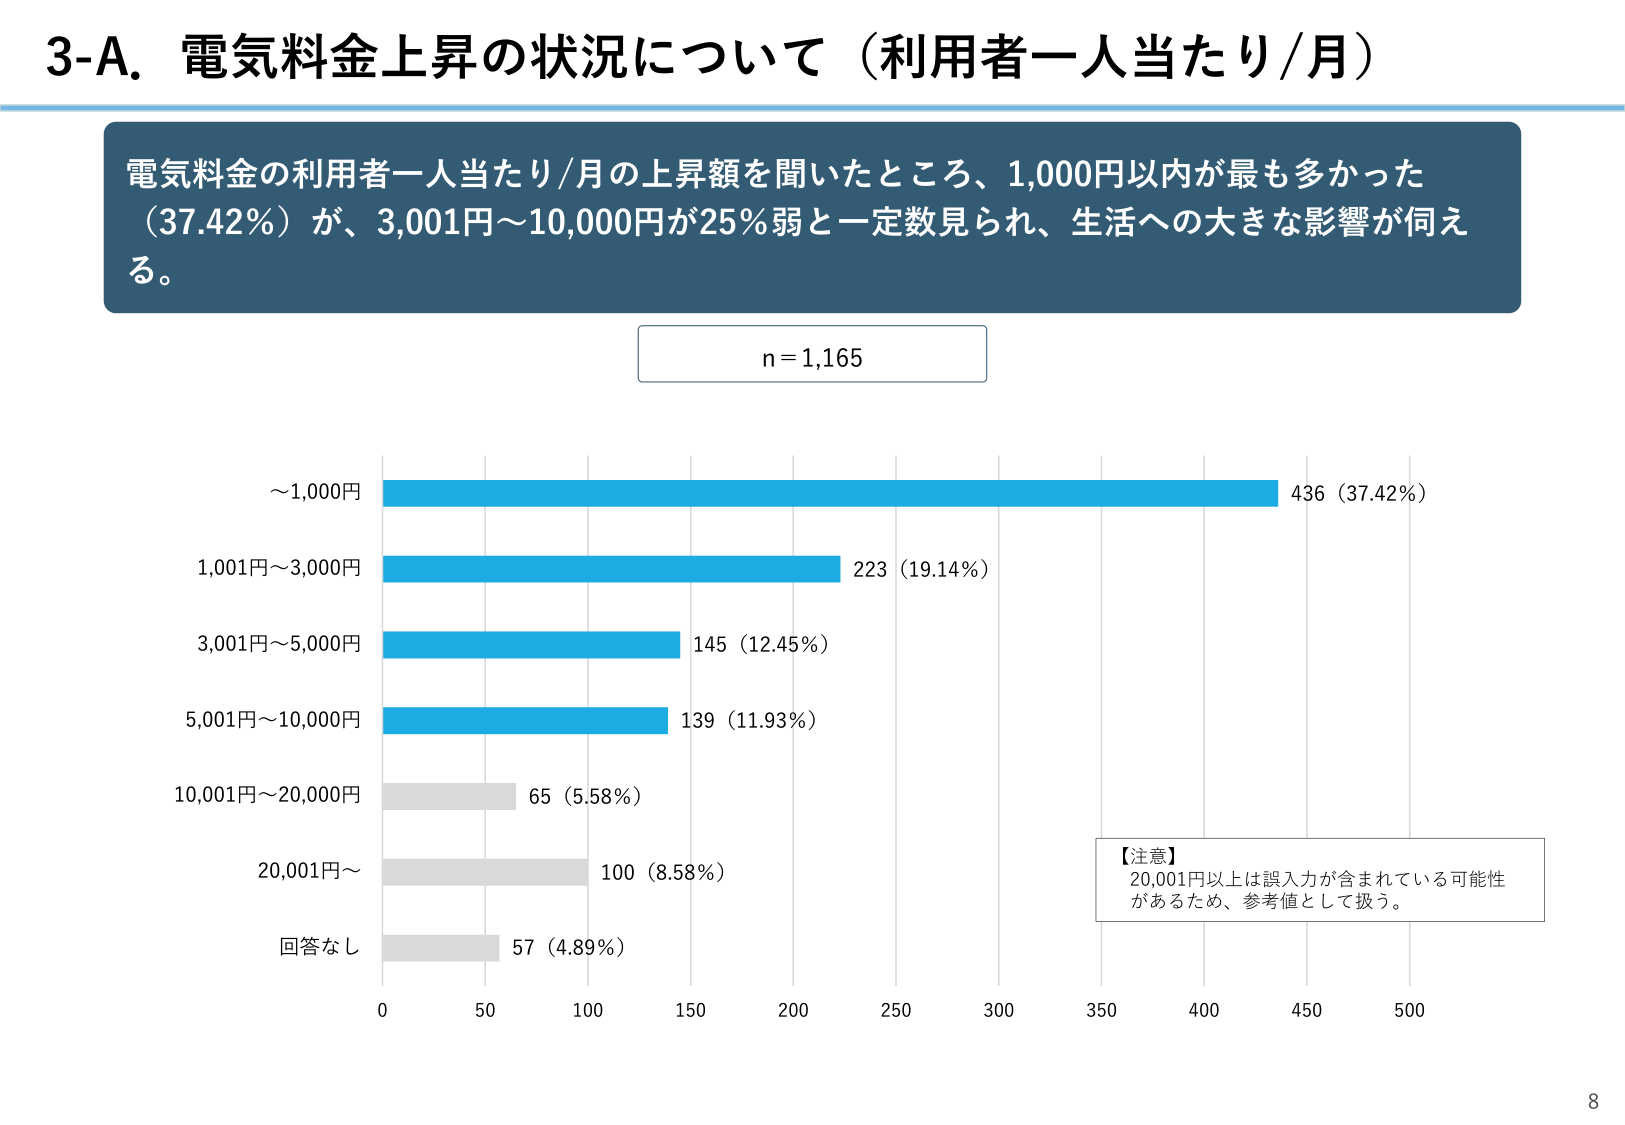
3-A. 電気料金上昇の状況について（利用者一人当たり/月）

電気料金の利用者一人当たり/月の上昇額を聞いたところ、1,000円以内が最も多かった（37.42%）が、3,001円～10,000円が25%弱と一定数見られ、生活への大きな影響が伺える。

n = 1,165

～1,000円 436（37.42%）
1,001円～3,000円 223（19.14%）
3,001円～5,000円 145（12.45%）
5,001円～10,000円 139（11.93%）
10,001円～20,000円 65（5.58%）
20,001円～ 100（8.58%）
回答なし 57（4.89%）

【注意】
20,001円以上は誤入力が含まれている可能性があるため、参考値として扱う。

0 50 100 150 200 250 300 350 400 450 500

8